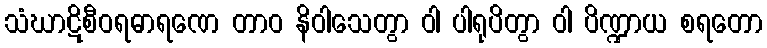
သံဃာဋိစီဝရဓာရဏေ တာဝ နိဝါသေတွာ ဝါ ပါရုပိတွာ ဝါ ပိဏ္ဍာယ စရတော